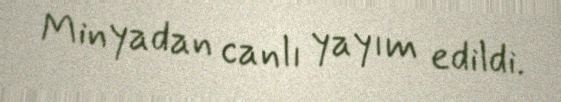
Minyadan canlı yayım edildi.